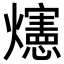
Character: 𪺅